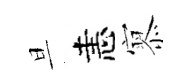
旦恚𡪹